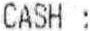
CASH :